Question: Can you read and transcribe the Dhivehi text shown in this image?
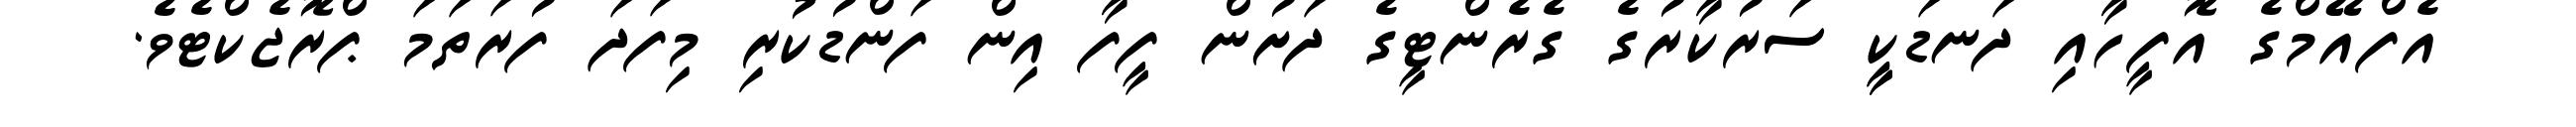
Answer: އެފްއޭމްގެ އޮފީހާއި ދަނޑަކީީ ސަރުކާރުގެ ގެރެންޓީގެ ދަށުން ފީފާ އިން ފަންޑުކުރި މިފަދަ ފުރަތަމަ ޕްރޮޖެކްޓެވެ.